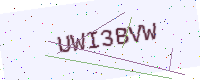
Text: UWI3BVW